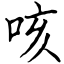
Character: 咳